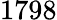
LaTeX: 1798